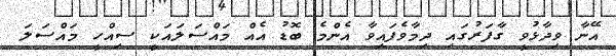
އޭނާ ވިދާޅުވީ ގާފަރުގައި ދިމާވެފައިވާ އެންމެ ބޮޑު އެއް މައްސަލައަކީ ސިއްހީ މައްސަލަ